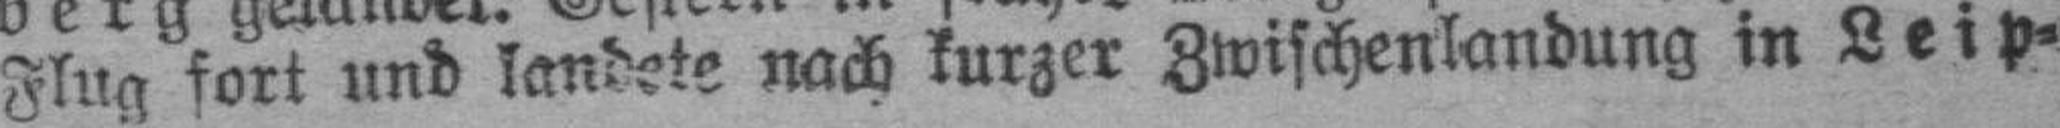
Flug fort und landete nach kurzer Zwischenlandung in Leip=